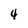
Character: 4